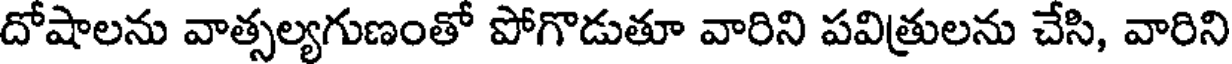
దోషాలను వాత్సల్యగుణంతో పోగొడుతూ వారిని పవిత్రులను చేసి, వారిని